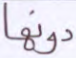
دونها